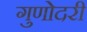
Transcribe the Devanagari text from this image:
गुणोदरी